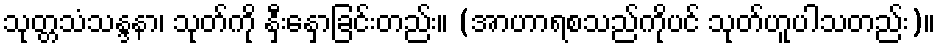
သုတ္တသံသန္ဒနာ၊ သုတ်ကို နှီးနှောခြင်းတည်း။ (အာဟာရစသည်ကိုပင် သုတ်ဟူပါသတည်း)။